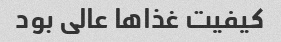
کیفیت غذاها عالی بود